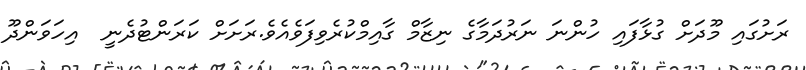
ރަށުގައި މޫދަށް ގުޅާފައި ހުންނަ ނަރުދަމާގެ ނިޒާމް ގާއިމްކުރެވިފަވެއެވެ.ރަށަށް ކަރަންޓުދެނީ  އިހަވަންދޫ